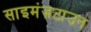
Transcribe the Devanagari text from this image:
साइमंज़टाउन